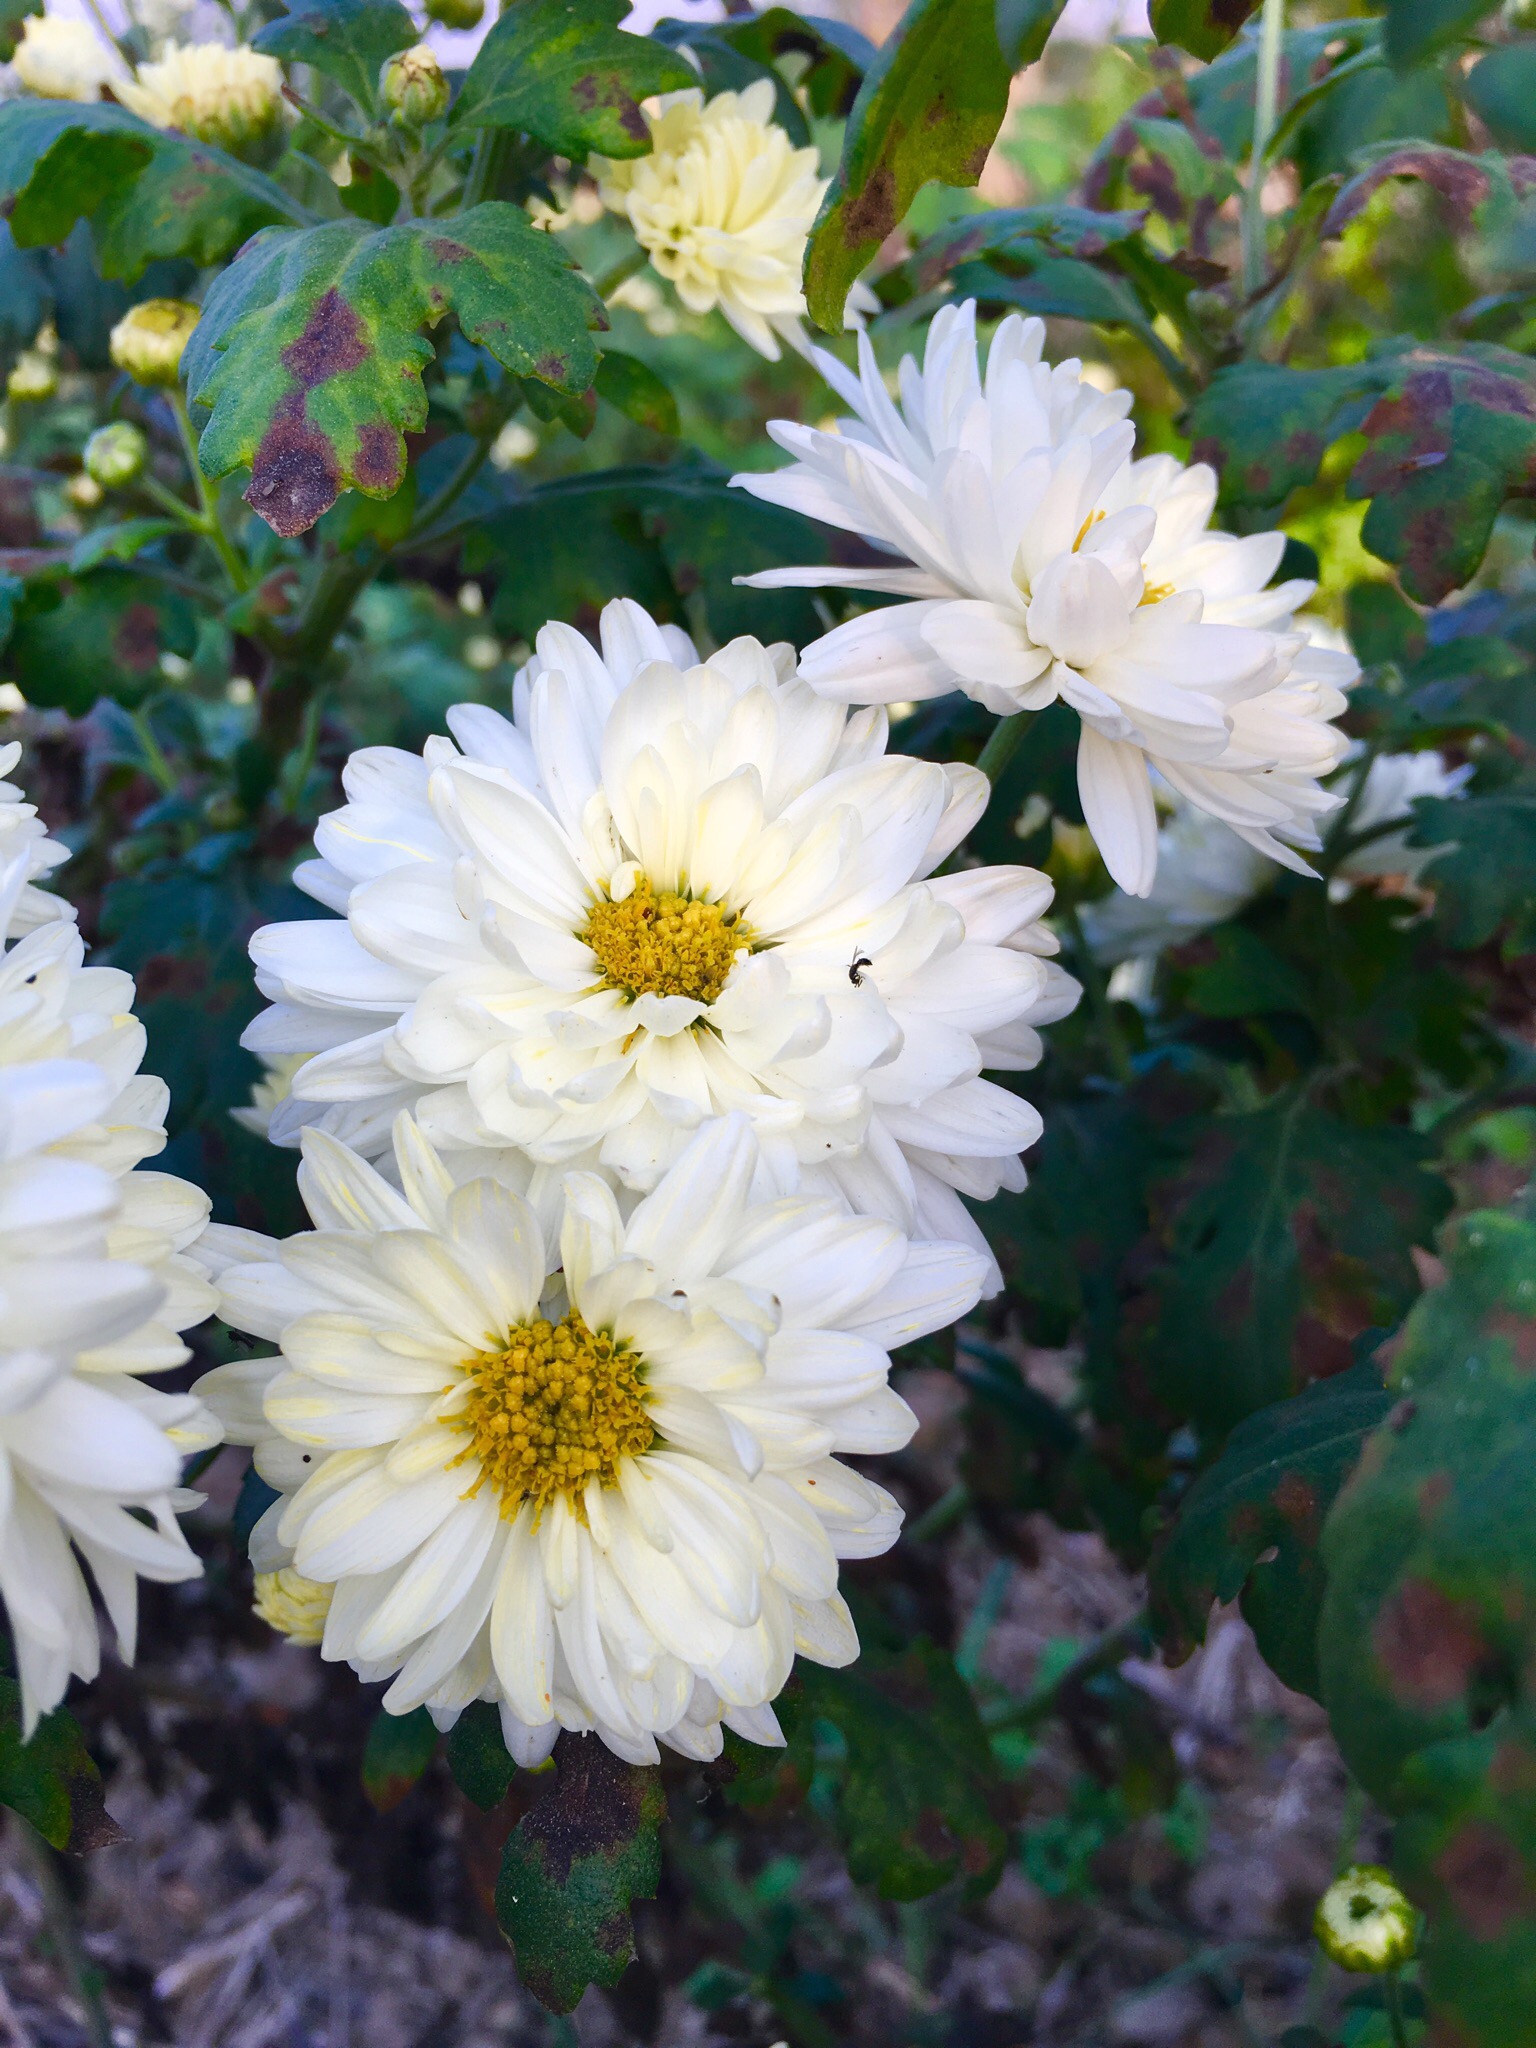
黄昏寒立更披襟，露浥清香悦道心。